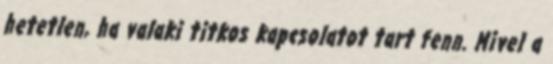
hetetlen, ha valaki titkos kapcsolatot tart fenn. Mivel a